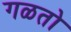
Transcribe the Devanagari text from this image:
गळतो